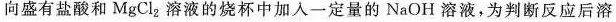
向盛有盐酸和MgC_{2}溶液的烧杯中加入一定量的NaOH溶液，为判断反应后溶